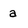
Character: a